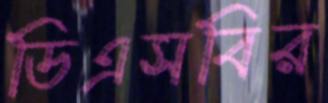
ডিএসবির